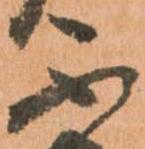
不